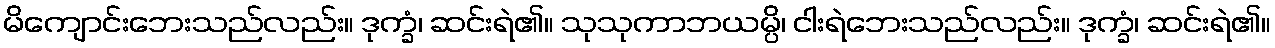
မိကျောင်းဘေးသည်လည်း။ ဒုက္ခံ၊ ဆင်းရဲ၏။ သုသုကာဘယမ္ပိ၊ ငါးရဲဘေးသည်လည်း။ ဒုက္ခံ၊ ဆင်းရဲ၏။